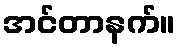
အင်တာနက်။